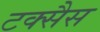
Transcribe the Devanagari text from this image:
टक्सैस